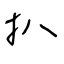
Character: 扒